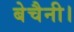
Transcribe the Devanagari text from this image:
बेचैनी।